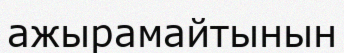
ажырамайтынын